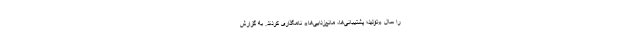
را سال «تولید؛ پشتیبانی‌ها، مانع‌زدایی‌ها» نامگذاری کردند. به گزارش